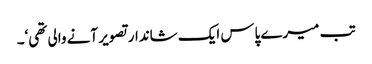
تب میرے پاس ایک شاندار تصویر آنے والی تھی‘۔